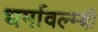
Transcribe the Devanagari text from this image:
धर्मावल्म्बी